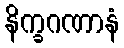
နိက္ခဂဏာနံ